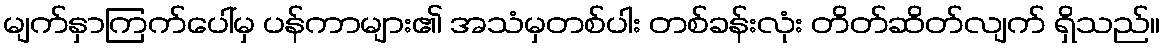
မျက်နှာကြက်ပေါ်မှ ပန်ကာများ၏ အသံမှတစ်ပါး တစ်ခန်းလုံး တိတ်ဆိတ်လျက် ရှိသည်။